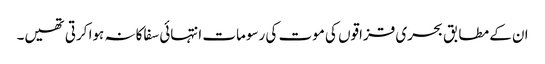
ان کے مطابق بحری قزاقوں کی موت کی رسومات انتہائی سفاکانہ ہوا کرتی تھیں۔